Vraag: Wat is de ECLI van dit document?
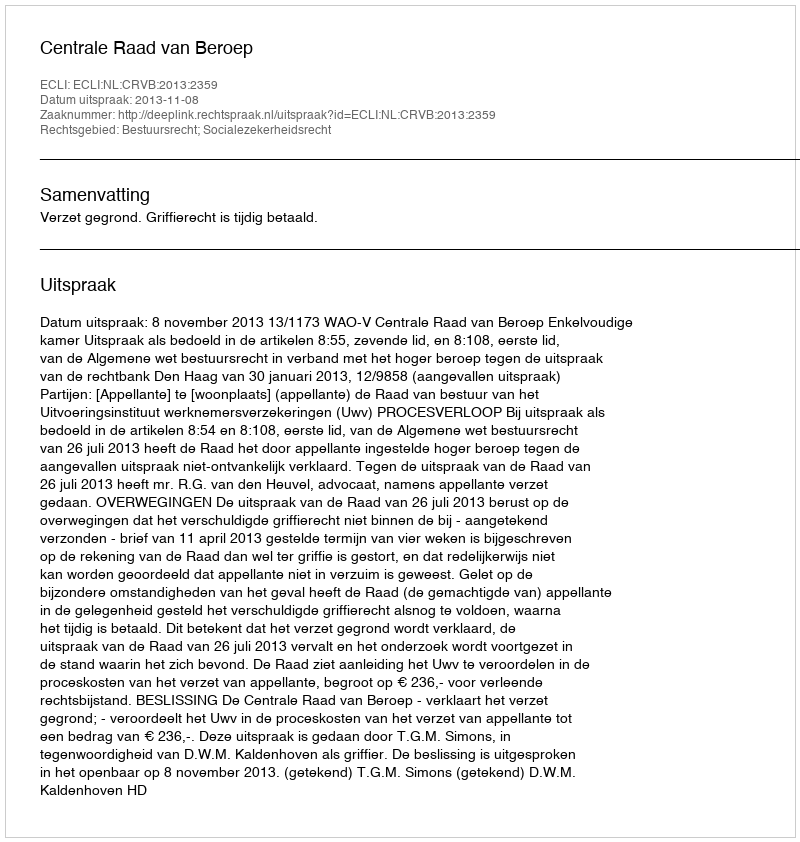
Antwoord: ECLI:NL:CRVB:2013:2359